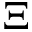
\Xi